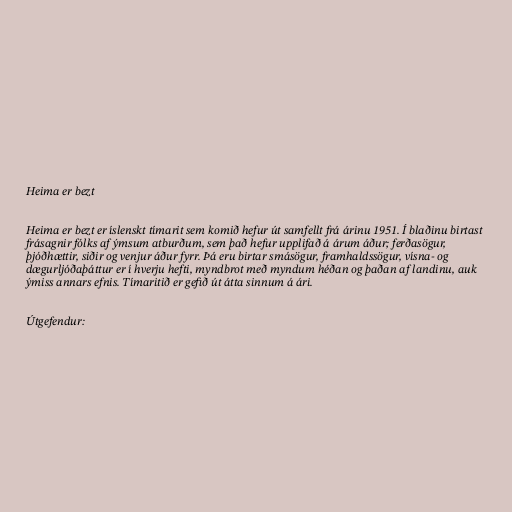
Heima er bezt

Heima er bezt er íslenskt tímarit sem komið hefur út samfellt frá árinu 1951. Í blaðinu birtast
frásagnir fólks af ýmsum atburðum, sem það hefur upplifað á árum áður; ferðasögur,
þjóðhættir, siðir og venjur áður fyrr. Þá eru birtar smásögur, framhaldssögur, vísna- og
dægurljóðaþáttur er í hverju hefti, myndbrot með myndum héðan og þaðan af landinu, auk
ýmiss annars efnis. Tímaritið er gefið út átta sinnum á ári.

Útgefendur: